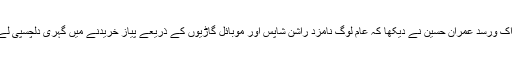
وزیر خوراک ورسد عمران حسین نے دیکھا کہ عام لوگ نامزد راشن شاپس اور موبائل گاڑیوں کے ذریعے پیاز خریدنے میں گہری دلچسپی لے رہے ہیں۔